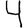
Digit: 4